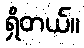
ရှိတယ်။